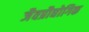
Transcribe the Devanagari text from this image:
जैवप्रौद्योगिक